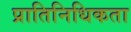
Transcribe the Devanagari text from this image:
प्रातिनिधिकता